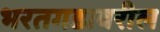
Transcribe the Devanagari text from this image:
भरतगडावरील